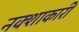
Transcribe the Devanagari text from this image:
नक्शाकारी